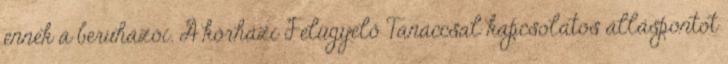
ennek a beruházói. A kórházi Felügyelő Tanáccsal kapcsolatos álláspontot